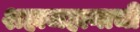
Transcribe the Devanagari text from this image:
शहाजहानाची